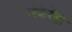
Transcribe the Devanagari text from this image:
जेकेरेंडा